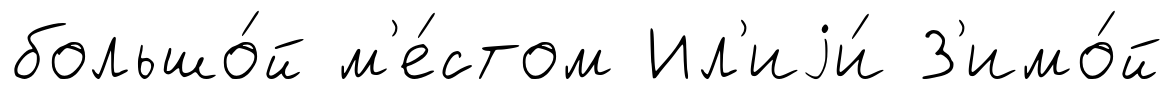
большо́й м'е́стом Ил'иjи́ З'имо́й